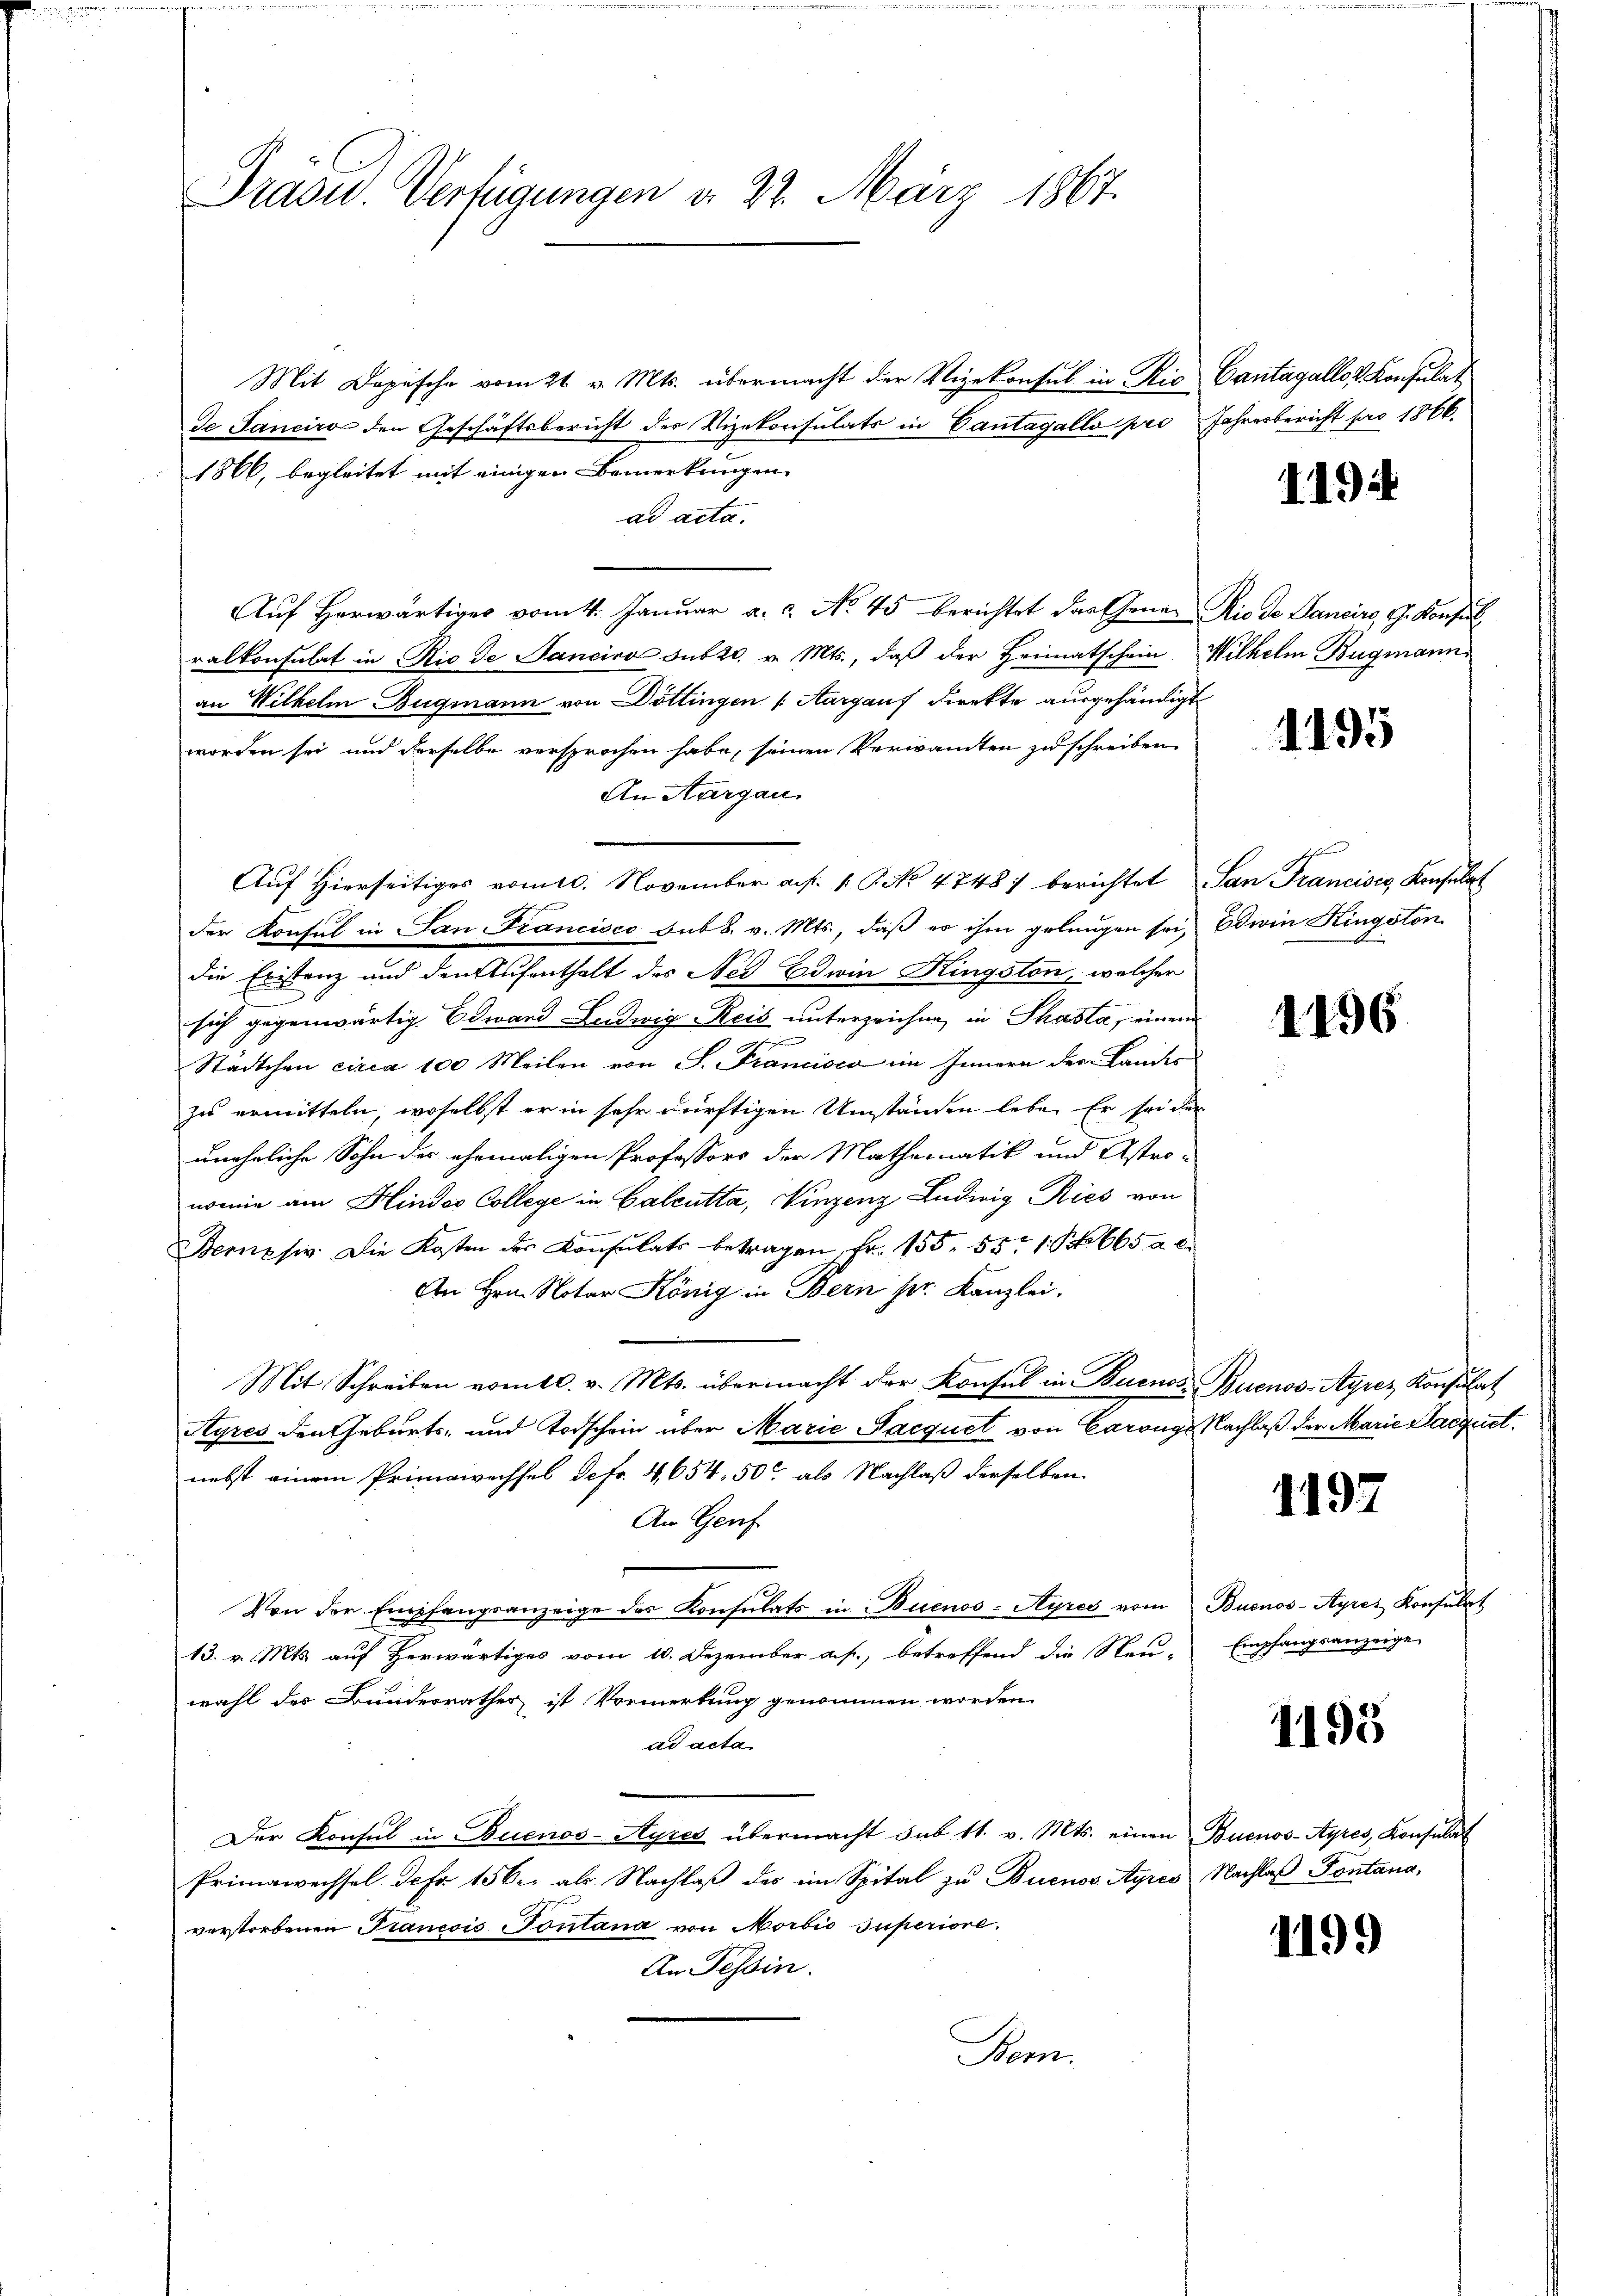
Mit Dopische vom 21. v. Mts. übermacht der Vizekonsul in Ric
de Janeiro den Geschäftsbericht des Vizekonsulats in Cantagallo pro
1866, begleitet mit einigen Bemerkungen
ad acta.
Auf herwärtiges vom 4. Januar a.c. No. 45 berichtet das Gener Rio de Sancire, G. Konfir
ralkonsulat in Rio de Janeiro sub 20. v. Mts., daß der Heimatschein
an Wilhelm Bugmann von Döttingen (Aargaus Direkte ausgehändigt
worden sei und derselbe versprochen habe, seinen Verwandten zu schreiben
An Aargau
Auf Hierseitiges vom 10. November a. f. 1 P. No 4748) berichtet
der Konsul in San Francisco sub 8. v. Mts., daß es ihm gelangen sei, Edwin Kingston
die Existenz und den Aufenthalt des Ned Edwin Kingston, welcher
sich gegenwärtig. Edward Ludwig Reis unterzeichne, in Phasta, einem
hehenen
Städtchen circa 100 Meilen von S. Francisco im Innern der Landes
zu ermitteln, woselbst er in sehr dürftigen Umständen lebe. Er sei der
uneheliche Sohn des ehemaligen Professors der Mathematik und Astro-
nomie am Hindes College in Calcutta, Vinzenz Ludwig Ries von
Bernzsiv. Die Kosten des Konsulats betragen Fr. 155. 551 S. 665 n 6.
An Hrn. Notar König in Bern pr. Kanzlei.
Mit Schreiben vom 10. v. Mts. übermacht der Konsul in Buenos- Buenos-Ayrez Konsulat
Ayres den Geburts- und Todschein über Marie Nacquet von Carougs Nachlaß der Marie Sacquet
nebst einem Primawachsel defr. 4,654, 50 als Nachlaß derselben
An Genf
Von der Empfangsanzeige des Konsulats in Buenos-Ayres vom Buenos-Ayres Konsulat
13. v. Mts. auf herwärtiges vom 10. Dezember a. f., betreffend die Neu-
wahl des Bundesrathes ist Vormerkung genommen worden
ad acta
Der Konsul in Buenos-Ayres übermacht sub 11. v. Mts. einen
Primawechsel defr. 156. als Nachlaβ des im Spital zu Buenos Ayres Nachlaβ Fontana,
verstorbenen Trancois Sontana, von Morbio superiore.
An Tessin.
Kom.

Präsid.. Verfügungen d. 22. März 1867.

Cantagallo v. Konsulat
Jahresbericht pro 1866.

419

Wilhelm Bugmann.

1195

San Francises, Konsulat

1196

1197

Empfangsanzeige

1195

Buenos-Ayres, Konsulat

1199